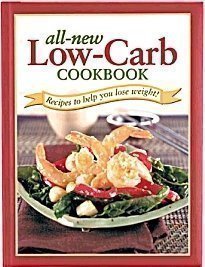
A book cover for All New Low-Carb Cookbook; Health, Fitness & Dieting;